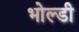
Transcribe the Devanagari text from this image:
भोल्डी